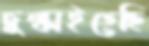
চুল্‌কাইতেছি